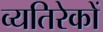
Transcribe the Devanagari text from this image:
व्यतिरेकों